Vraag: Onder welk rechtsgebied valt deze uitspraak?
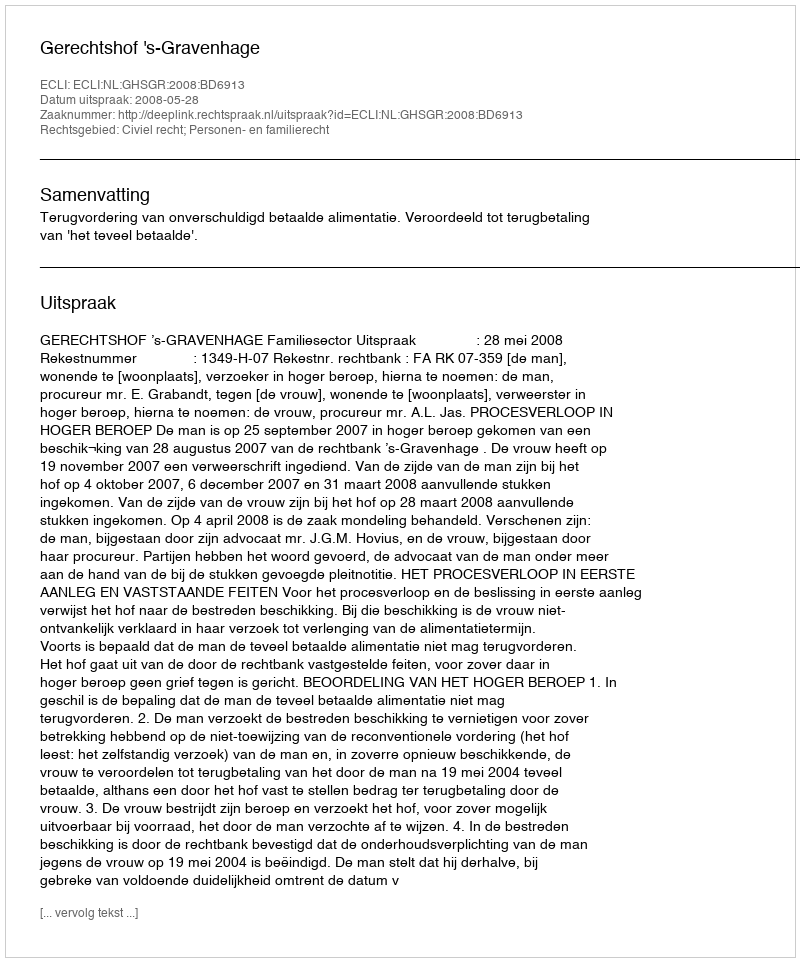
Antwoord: Civiel recht; Personen- en familierecht